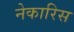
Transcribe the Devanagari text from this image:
नेकारिस